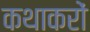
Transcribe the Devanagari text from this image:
कथाकरों